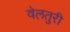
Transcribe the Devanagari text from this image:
वेलतुरी